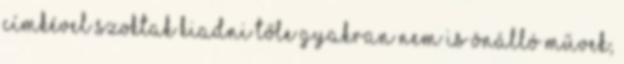
címkével szoktak kiadni tőle gyakran nem is önálló művek,